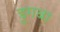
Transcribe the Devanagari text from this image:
डुगबा